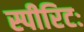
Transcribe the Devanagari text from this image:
स्पीरिटः